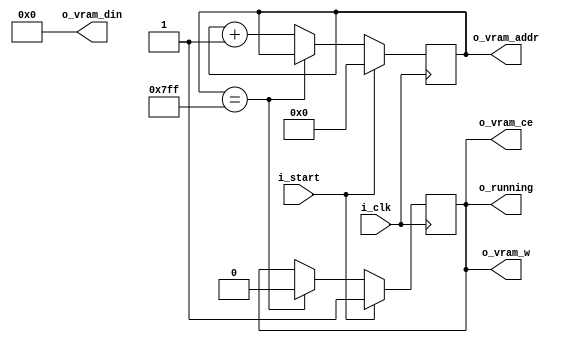
// Zero the screen memory.
// Leave the cursor in the last memory position.
module clear (
    input i_clk,
    input i_start,             // assert high to start cleaning
    output reg    o_running = 0,   // busy
    output [10:0] o_vram_addr,
    output        o_vram_w,
    output        o_vram_ce,
    output  [8:0] o_vram_din
);

parameter [10:0] first_addr = 11'b00000_000000;
parameter [10:0] last_addr  = 11'b11111_111111;
parameter  [8:0] filling = 9'b0;

localparam false = 1'b0;
localparam true = 1'b1;

reg [10:0] addr = 0;

always @(negedge i_clk) begin
    if (i_start) begin
        addr <= first_addr;
        o_running <= true;
    end
    else if (addr == last_addr) begin
        o_running <= false;
    end
    else begin
        addr <= o_vram_addr + 1'b1;
    end
end


assign o_vram_addr = addr;
assign o_vram_din  = filling;
assign o_vram_w    = o_running;
assign o_vram_ce   = o_running;

endmodule